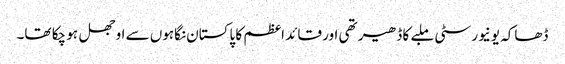
ڈھاکہ یونیورسٹی ملبے کا ڈھیر تھی اور قائد اعظم کا پاکستان نگاہوں سے اوجھل ہو چکا تھا۔